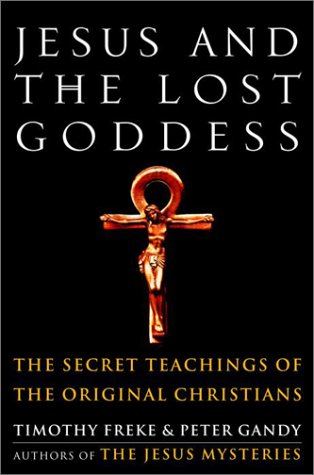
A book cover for Jesus and the Lost Goddess: The Secret Teachings of the Original Christians; Timothy Freke; Christian Books & Bibles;